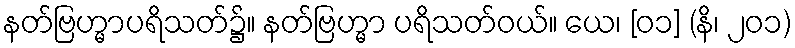
နတ်ဗြဟ္မာပရိသတ်၌။ နတ်ဗြဟ္မာ ပရိသတ်ဝယ်။ ယေ၊ [၀၁] (နိ၊ ၂၀၁)